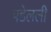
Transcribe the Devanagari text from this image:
पडेलली